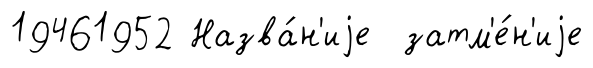
19461952 Назва́н'иjе затм'е́н'иjе